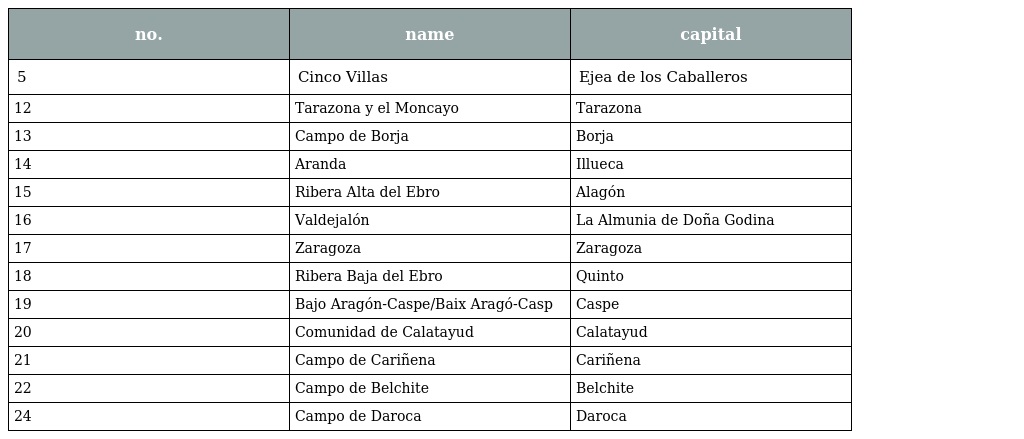
| no. | name | capital |
 | --- | --- | --- |
 | 5 | Cinco Villas | Ejea de los Caballeros |
 | 12 | Tarazona y el Moncayo | Tarazona |
 | 13 | Campo de Borja | Borja |
 | 14 | Aranda | Illueca |
 | 15 | Ribera Alta del Ebro | Alagón |
 | 16 | Valdejalón | La Almunia de Doña Godina |
 | 17 | Zaragoza | Zaragoza |
 | 18 | Ribera Baja del Ebro | Quinto |
 | 19 | Bajo Aragón-Caspe/Baix Aragó-Casp | Caspe |
 | 20 | Comunidad de Calatayud | Calatayud |
 | 21 | Campo de Cariñena | Cariñena |
 | 22 | Campo de Belchite | Belchite |
 | 24 | Campo de Daroca | Daroca |